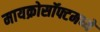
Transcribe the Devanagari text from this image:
मायक्रोसॉफ्टमध्ये